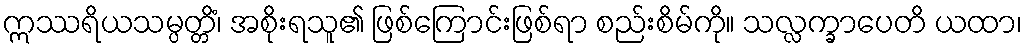
ဣဿရိယသမ္ပတ္တိံ၊ အစိုးရသူ၏ ဖြစ်ကြောင်းဖြစ်ရာ စည်းစိမ်ကို။ သလ္လက္ခာပေတိ ယထာ၊